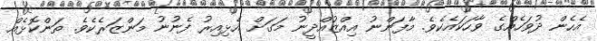
އެހެން ދުވަހެއްގެ ވާހަކައެކެވެ. މާފަންނު އިއްޒުއްދީނު މަގަށް އެޅިއިރު ފެނުނު މަންޒަރެކެވެ. ތަންކޮޅެއް